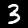
Digit: 3